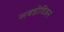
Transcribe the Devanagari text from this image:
सबडीविजन